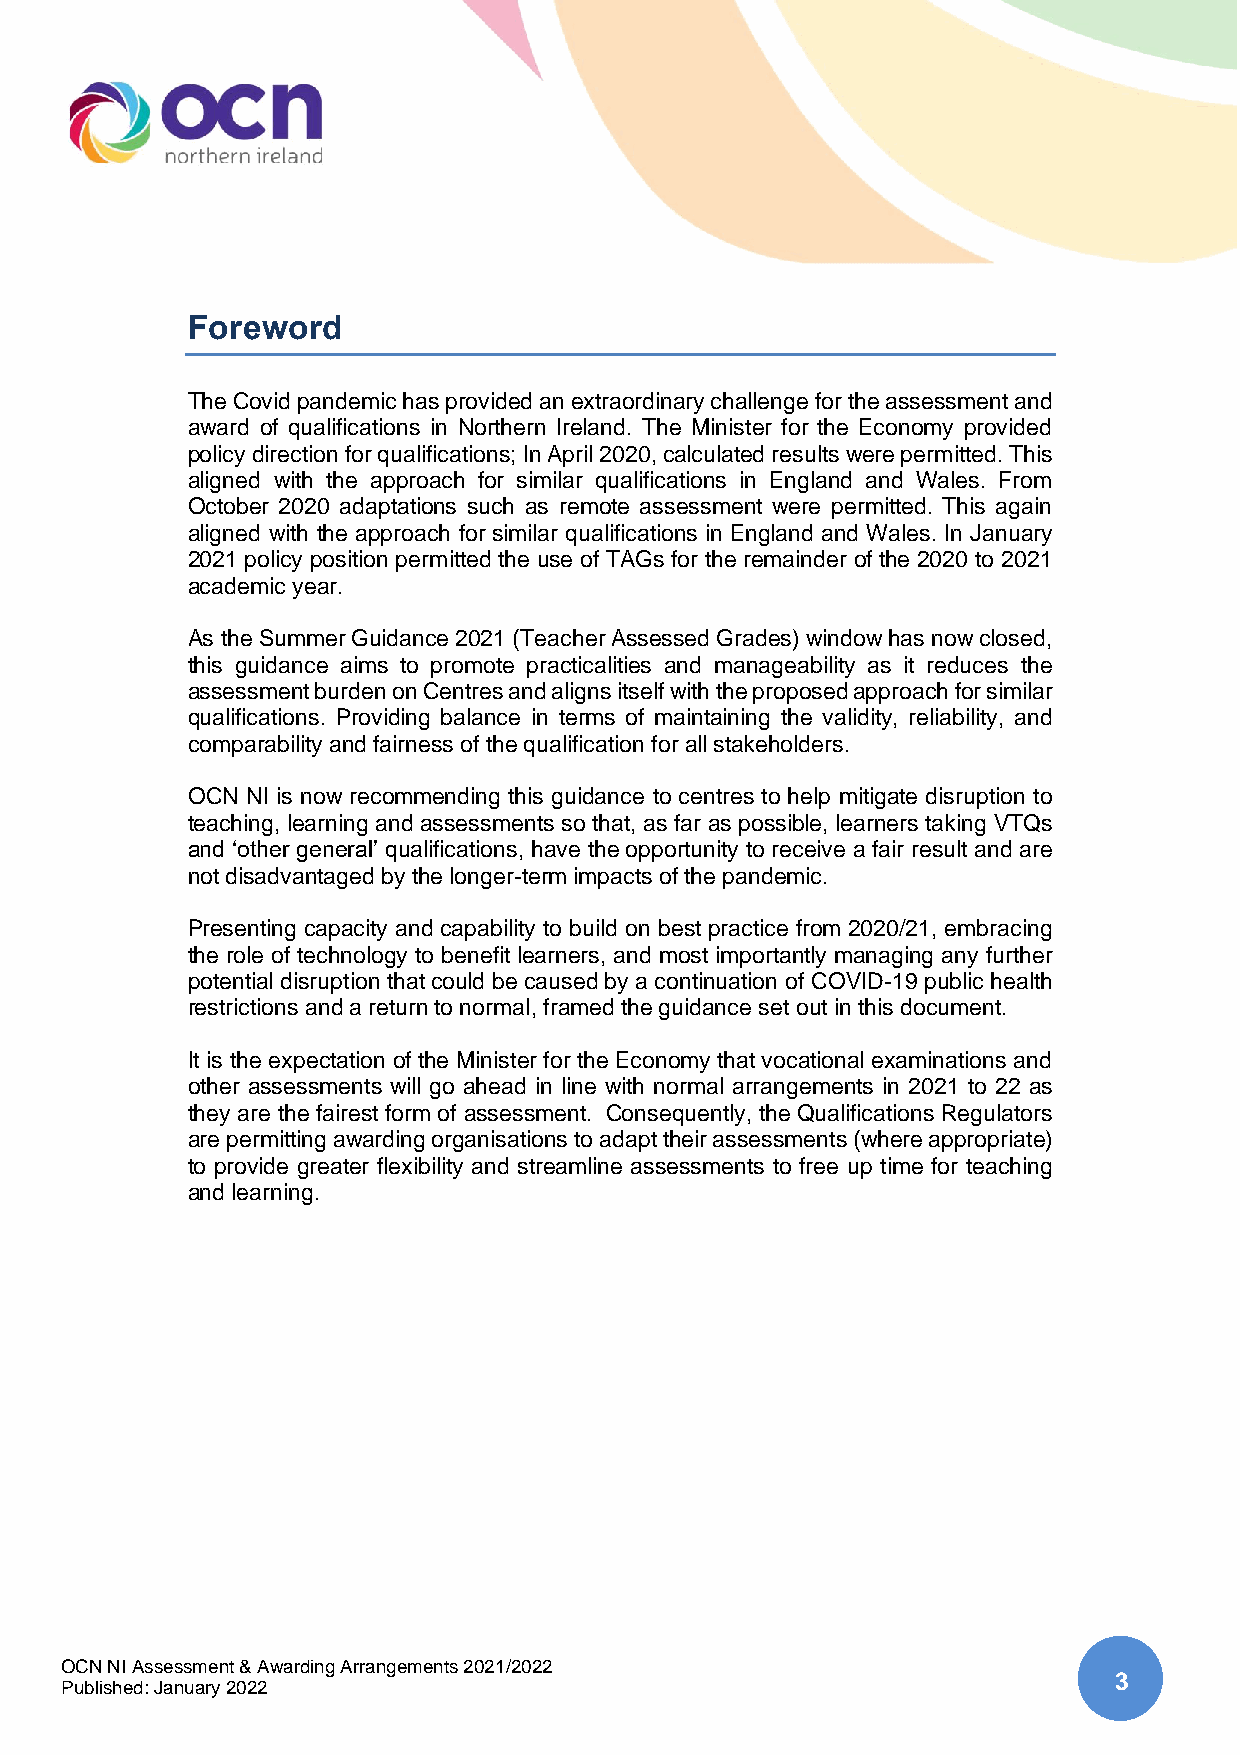
Foreword
 The Covid pandemic has provided an extraordinary challenge for the assessment and
 award of qualifications in Northern Ireland. The Minister for the Economy provided
 policy direction for qualifications; In April 2020, calculated results were permitted. This
 aligned with the approach for similar qualifications in England and Wales. From
 October 2020 adaptations such as remote assessment were permitted. This again
 aligned with the approach for similar qualifications in England and Wales. In January
 2021 policy position permitted the use of TAGs for the remainder of the 2020 to 2021
 academic year.
 As the Summer Guidance 2021 (Teacher Assessed Grades) window has now closed,
 this guidance aims to promote practicalities and manageability as it reduces the
 assessment burden on Centres and aligns itself with the proposed approach for similar
 qualifications. Providing balance in terms of maintaining the validity, reliability, and
 comparability and fairness of the qualification for all stakeholders.
 OCN NI is now recommending this guidance to centres to help mitigate disruption to
 teaching, learning and assessments so that, as far as possible, learners taking VTQs
 and ‘other general’ qualifications, have the opportunity to receive a fair result and are
 not disadvantaged by the longer-term impacts of the pandemic.
 Presenting capacity and capability to build on best practice from 2020/21, embracing
 the role of technology to benefit learners, and most importantly managing any further
 potential disruption that could be caused by a continuation of COVID-19 public health
 restrictions and a return to normal, framed the guidance set out in this document.
 It is the expectation of the Minister for the Economy that vocational examinations and
 other assessments will go ahead in line with normal arrangements in 2021 to 22 as
 they are the fairest form of assessment. Consequently, the Qualifications Regulators
 are permitting awarding organisations to adapt their assessments (where appropriate)
 to provide greater flexibility and streamline assessments to free up time for teaching
 and learning.
 OCN NI Assessment & Awarding Arrangements 2021/2022
 3
 Published: January 2022